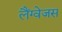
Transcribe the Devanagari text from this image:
लैंग्वेजस